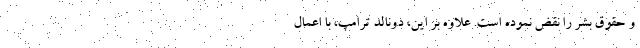
و حقوق بشر را نقض نموده است. علاوه بر این، دونالد ترامپ، با اعمال